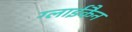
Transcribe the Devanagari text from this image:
ग्लाईकैन